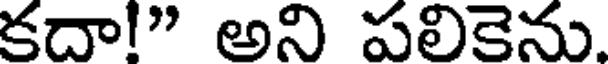
కదా!" అని పలికెను.